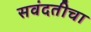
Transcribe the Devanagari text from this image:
सवंदतीचा